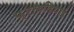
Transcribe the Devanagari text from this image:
फ्रायडियाई